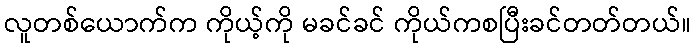
လူတစ်ယောက်က ကိုယ့်ကို မခင်ခင် ကိုယ်ကစပြီးခင်တတ်တယ်။